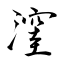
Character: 漥